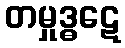
တမှုဒ္ဓဋေ